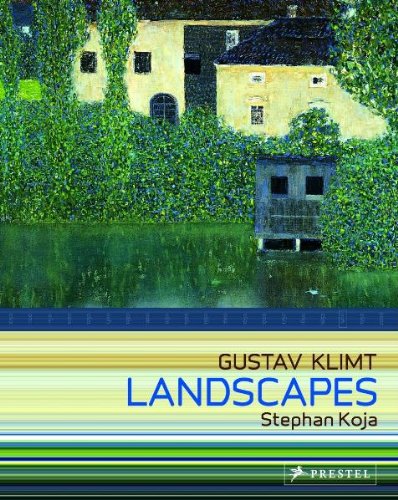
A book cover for Gustav Klimt: Landscapes; Stephan Koja; Arts & Photography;